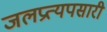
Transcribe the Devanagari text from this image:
जलप्रत्यपसारी